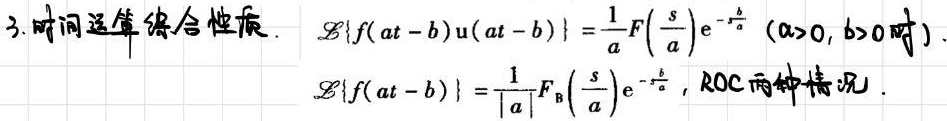
3. 时间运算综合性质. $\mathcal{L}\{f(at - b)u(at - b)\}=\frac{1}{a}F\left(\frac{s}{a}\right)e^{-\frac{b}{a}s}\ (a > 0, b > 0时).$
$\mathcal{L}\{f(at - b)\}=\frac{1}{|a|}F_{\mathrm{B}}\left(\frac{s}{a}\right)e^{-\frac{b}{a}s},\ \text{ROC两种情况}.$